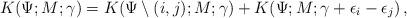
LaTeX: \begin{align*} K(\Psi;M;\gamma) = K(\Psi \setminus (i,j);M; \gamma) + K(\Psi;M; \gamma+\epsilon_{i}-\epsilon_{j})\,, \end{align*}